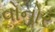
વોનોર